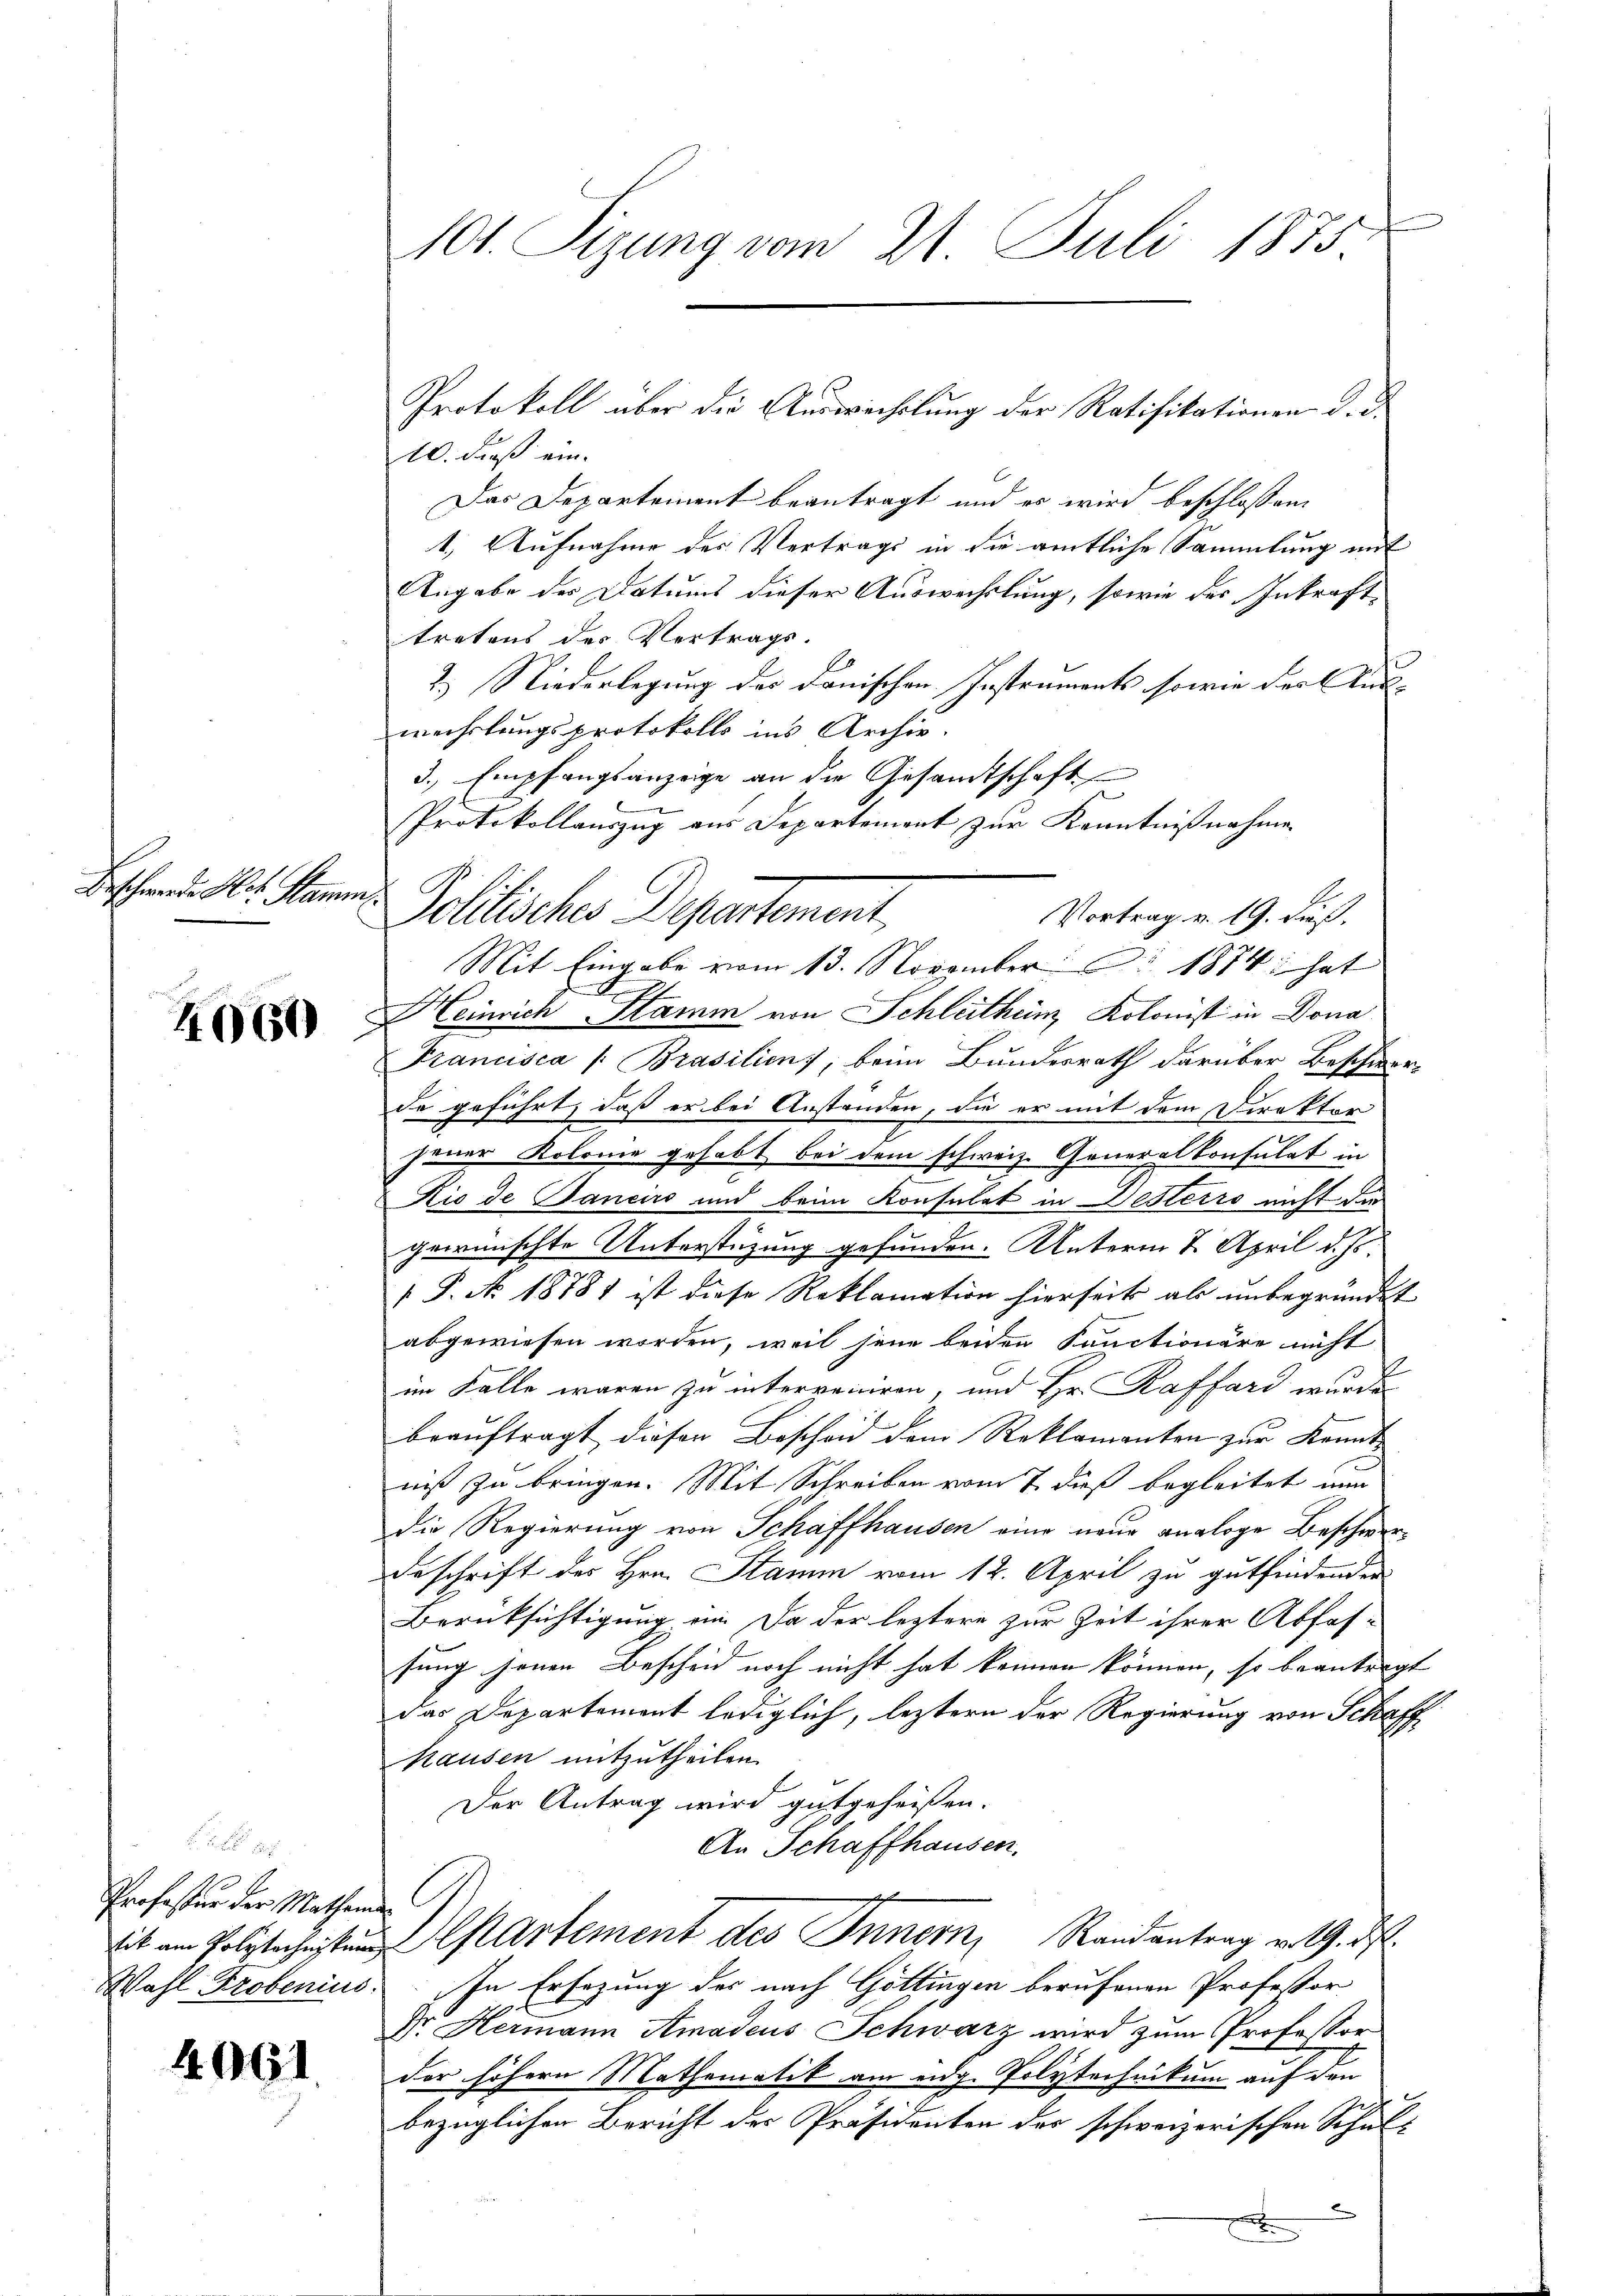
Beschwerde Hr. Stamm

4060

Professur der Mathend

4961.

101. Sizung vom 21. Juli 1875.

Protokoll über die Auswechslung der Ratifikationen d. d.
10. dieß ein.
Das Departement beantragt und es wird beschlossen.
1. Aufnahme des Vertrags in die amtliche Sammlung mit
Angabe des Datums dieser Auswechslung, sowie des Inkrafttretens des Vertrags-
2.) Niederlegung der dänischen Instruments sowie der kurwechslungsprotokolls ins Archiv.
3., Empfangsanzeige an die Gesandtschaft
.
Protokollauszug aus Departement zur Kenntnißnahme
Politische Departement
Mit Eingabe vom 13. November 1874 hat
Heinrich Stamm von Schleithen Kolonist in Dona
Francisca /: Brasiliens, beim Bundesrath darüber Beschwerde geführt, daß er bei Anständen, die er mit dem Direkter
jener Kolonie gehabt bei dem schweiz. Generalkonsulat in
Kio de Tancirs und beim Konsulat in Desterro nicht die
gewünschte Unterstüzung gefunden. Unterm 2. April d. Js.
 P. No 18781 ist diese Reklamation hierseits als unbegründet
abgewiesen worden, weil jene beiden Sanctionäre nicht
im Falle waren zu interveniren, und Hr. Raffard wurde
beauftragt diesen Bescheid dem Reklamanten zur Kenntniß zu bringen. Mit Schreiben vom 7. dieß begleitet mir
die Regierung von Schaffhausen eine neue analoge Beschwer¬
Beschrift des Hrn. Stamm vom 12. April zu gutfindenden
Berüksichtigung ein. Da der leztere zur Zeit ihrer Abfas-
sung jenen Bescheid noch nicht hat können können, so beantragt
das Departement lediglich, leztern der Regierung von Schaff
hausen mitzutheilen.
Der Antrag wird gutgeheißen.
An Schaffhausen.
sit am Polytechnung Cartement des Innern, Randantrag v. 19. ds.
Wahl Probenius. In Ersezung des nach Göttingen berufenen Professor
Dr. Hermann Amadeus Schwarz wird zum Professor
der höhern Mathematik am eidg. Polytechnikum auf den
bezüglichen Bericht der Präsidenten der schweizerischen Schulx
F

Vortrag v. 19. Fuß,